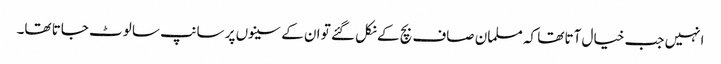
انہیں جب خیال آتا تھا کہ مسلمان صاف بچ کے نکل گئے تو ان کے سینوں پر سانپ سا لوٹ جاتا تھا۔